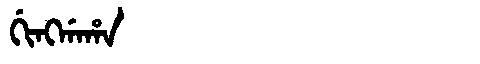
Manchu: ᡤᡳᠩᡤᠠᡥᠠ
Romanization: GINGGAHA